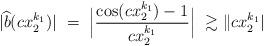
LaTeX: \begin{align*}|{\widehat b}(c x_2^{k_1})| \ = \ \Bigl| \frac{\cos(c x_2^{k_1}) - 1}{c x_2^{k_1}} \Bigr| \ \gtrsim \|c x_2^{k_1}|\end{align*}